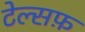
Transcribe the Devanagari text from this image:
टेल्सफ़